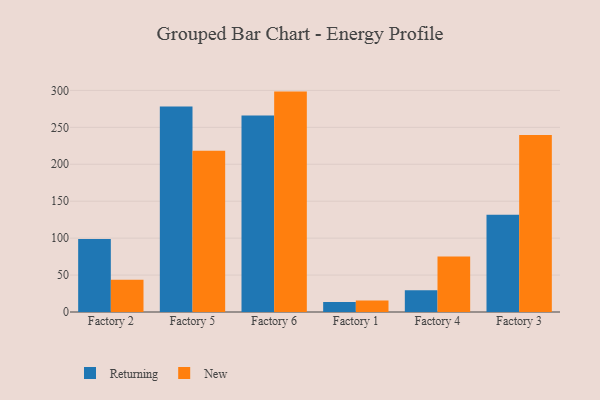
{"axis": {"x": "Factory", "y": "Backlog"}, "legend": ["New", "Returning"], "data": [{"x": "Factory 2", "y": 99.0, "type": "Returning"}, {"x": "Factory 2", "y": 43.6, "type": "New"}, {"x": "Factory 5", "y": 278.1, "type": "Returning"}, {"x": "Factory 5", "y": 218.2, "type": "New"}, {"x": "Factory 6", "y": 266.1, "type": "Returning"}, {"x": "Factory 6", "y": 298.4, "type": "New"}, {"x": "Factory 1", "y": 13.6, "type": "Returning"}, {"x": "Factory 1", "y": 15.5, "type": "New"}, {"x": "Factory 4", "y": 29.5, "type": "Returning"}, {"x": "Factory 4", "y": 75.1, "type": "New"}, {"x": "Factory 3", "y": 131.6, "type": "Returning"}, {"x": "Factory 3", "y": 239.8, "type": "New"}]}